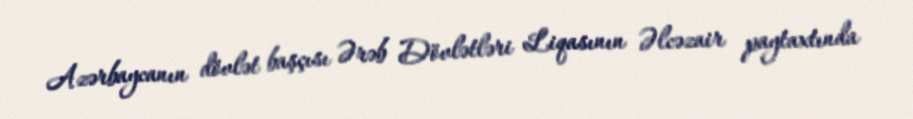
Azərbaycanın dövlət başçısı Ərəb Dövlətləri Liqasının Əlcəzair paytaxtında